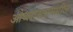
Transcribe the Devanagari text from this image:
ओब्लास्तामधील